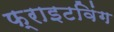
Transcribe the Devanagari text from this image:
फ्राइटविंग